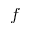
f